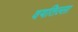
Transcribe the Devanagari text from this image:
वयतिल्ला